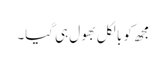
مجھ کو بالکل بھول ہی گیا۔